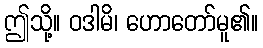
ဤသို့။ ဝဒါမိ၊ ဟောတော်မူ၏။